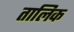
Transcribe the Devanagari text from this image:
तालिक